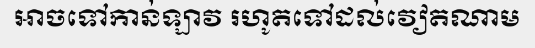
អាចទៅកាន់ឡាវ រហូតទៅដល់វៀតណាម